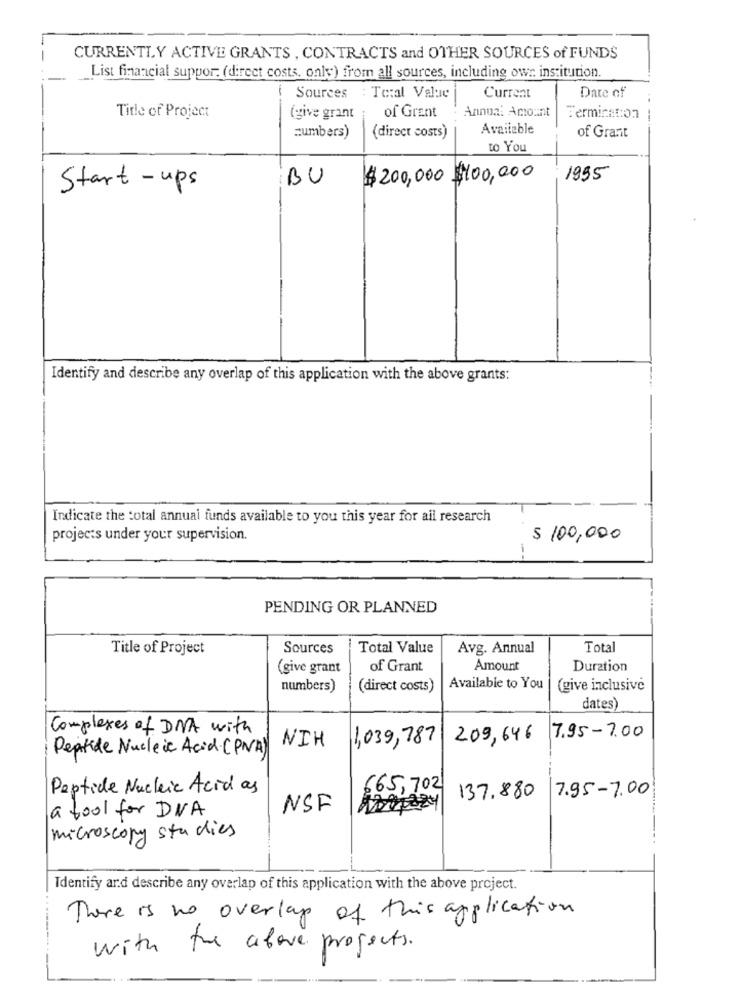
CURRENTLY ACTIVE GRANTS , CONTRACTS and OTHER SOURCES of FUNDS
List financial suppor: (direct costs. only) from all sources, including owr: institution.
Sources
: Total Value
Current
Date of
Annual Amount
Title of Project
(give grant
of Grant
Termination |
--
Available
numbers)
(direct costs)
of Grant
to You
BU
$200,000 $100,000
1955
Start - ups
Identify and describe any overlap of this application with the above grants:
Indicate the total annual funds available to you this year for ail research
projects under your supervision.
$ 100,000
PENDING OR PLANNED
Title of Project
Sources
Total Value
Avg. Annual
Total
(give grant
of Grant
Amount
Duration
numbers)
(direct costs)
Available to You
(give inclusive
dates)
Complexes of DNA with
NIH
1,039,787
209,646
7.95-7.00
Peptide Nucleic Acid (PVA)
Peptide Nucleic Acid as
665,702
7.95-7.00
137.880
a tool for DNA
NSF
1000824
microscopy studies
Identify and describe any overlap of this application with the above project.
There is no overlay of this application
with the above projects.